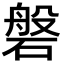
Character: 磐